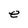
Character: e